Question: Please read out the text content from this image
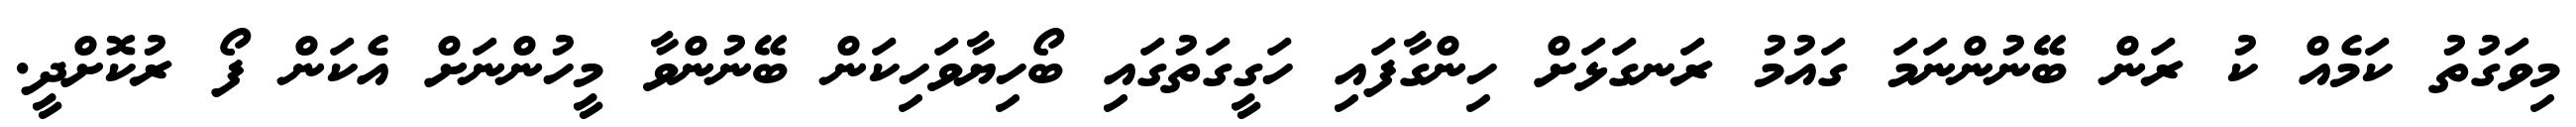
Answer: މިވަގުތު ކަމެއް ކު ރަން ބޭނުންނަމަ ގައުމު ރަނގަޅަށް ހިންގާފައި ހަގީގަތުގައި ބޯހިޔާވަހިކަން ބޭނުންވާ މީހުންނަށް އެކަން ފޯ ރުކޮށްދީ.